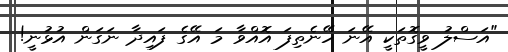
"އަސްލު ވީގޮތަކީ އޭނަ ހޭނެތިފަ އޮއްވާ މަ އޭގެ ފައިދާ ނަގަން އުޅުނީ!